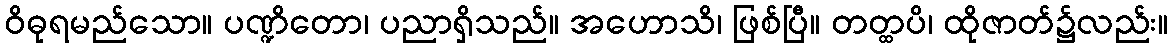
ဝိဓုရမည်သော။ ပဏ္ဍိတော၊ ပညာရှိသည်။ အဟောသိ၊ ဖြစ်ပြီ။ တတ္ထပိ၊ ထိုဇာတ်၌လည်း။